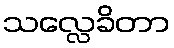
သလ္လေခိတာ